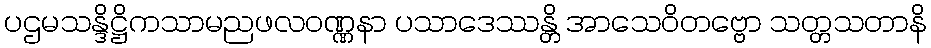
ပဌမသန္ဒိဋ္ဌိကသာမညဖလဝဏ္ဏနာ ပသာဒေဿန္တိ အာသေဝိတဗ္ဗော သတ္တသတာနိ